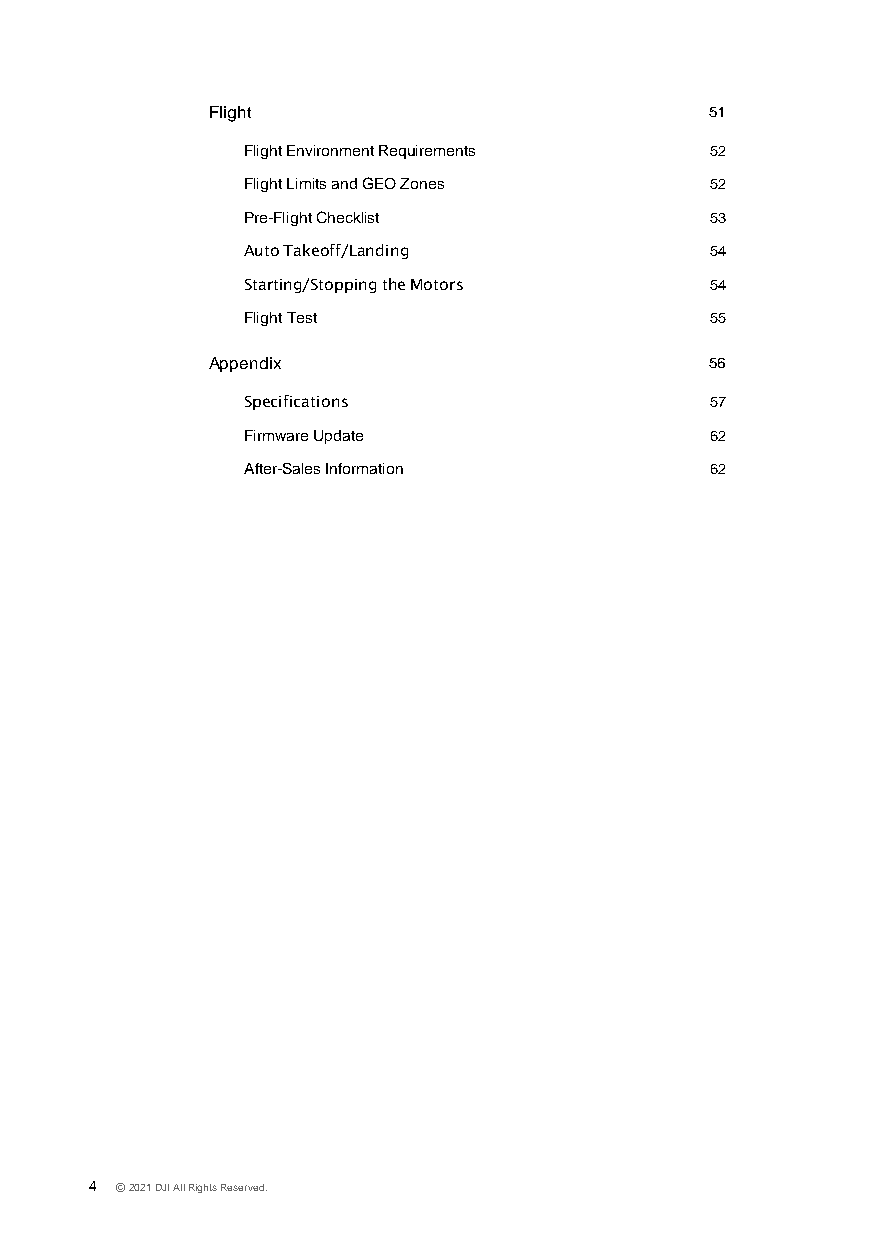
Flight                           51
 Flight Environment Requirements 52
 Flight Limits and GEO Zones    52
 Pre-Flight Checklist           53
 Auto Takeoff/Landing           54
 Starting/Stopping the Motors   54
 Flight Test                    55
 Appendix                         56
 Specifications                 57
 Firmware Update                62
 After-Sales Information        62
 4 © 2021 DJI All Rights Reserved.